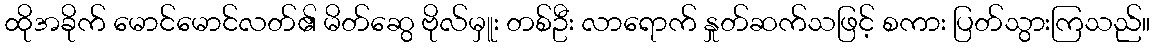
ထိုအခိုက် မောင်မောင်လတ်၏ မိတ်ဆွေ ဗိုလ်မှူး တစ်ဦး လာရောက် နှုတ်ဆက်သဖြင့် စကား ပြတ်သွားကြသည်။